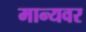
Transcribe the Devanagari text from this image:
मान्‍यवर